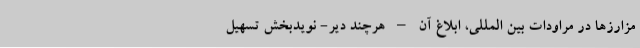
مزارزها در مراودات بین المللی، ابلاغ آن – هرچند دیر- نویدبخش تسهیل